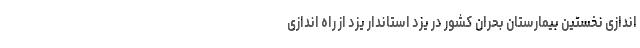
اندازی نخستین بیمارستان بحران کشور در یزد استاندار یزد از راه اندازی